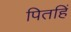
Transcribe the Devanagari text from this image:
पितहिं